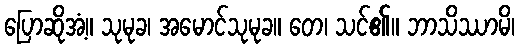
ပြောဆိုအံ့။ သုမုခ၊ အမောင်သုမုခ။ တေ၊ သင်၏။ ဘာသိဿာမိ၊